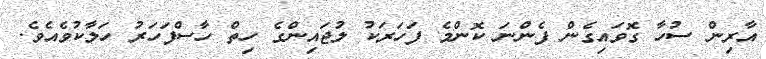
އާރިން ސުހާ ގޮވައިގެން ފެންނަ ކޮންމެ ފަހަރަކު ލުޖައިންގެ ހިތް ހާސްފަހަރު ހަލާކުވެއެވެ.